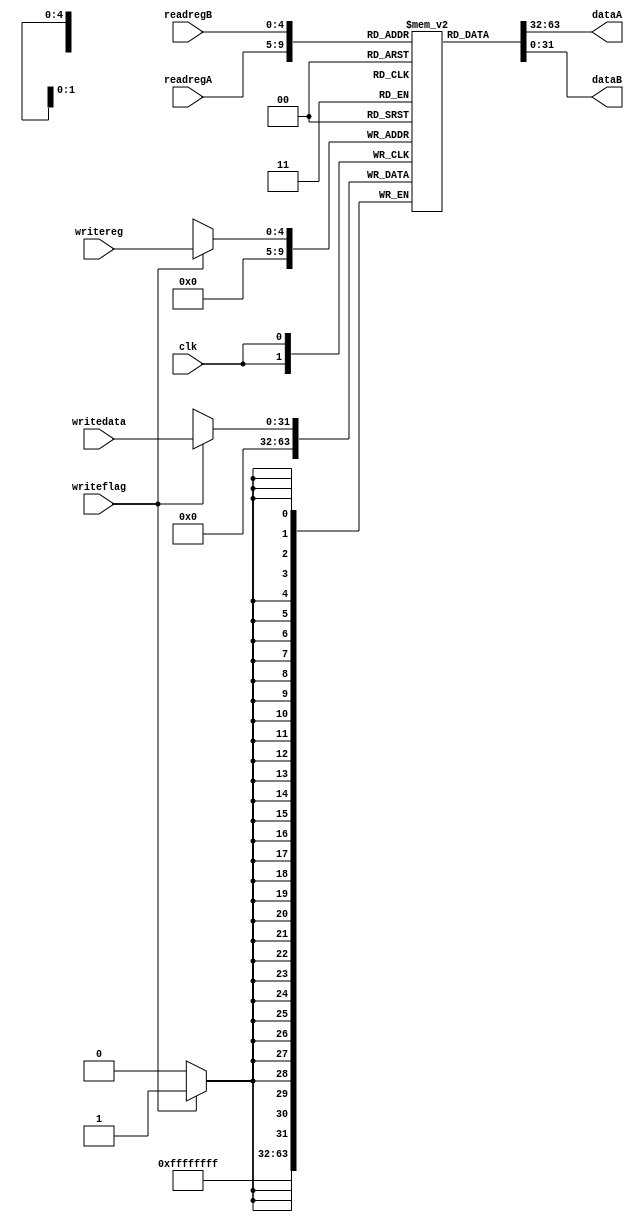
module RegBank(readregA, readregB, writereg, writedata, writeflag, dataA, dataB, clk);

	input [4:0] readregA, readregB, writereg;
	input writeflag, clk;
	input [31:0] writedata;
	output [31:0] dataA, dataB;
	reg [31:0] REGS [31:0];
	
	always@(posedge clk)
	begin
		if(writeflag)
			REGS[writereg] = writedata;
		REGS[0] = 32'b0;
	end
	
	assign	dataA = REGS[readregA];
	assign	dataB = REGS[readregB];

endmodule